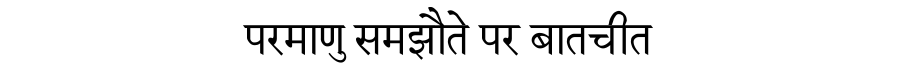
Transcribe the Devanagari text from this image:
परमाणु समझौते पर बातचीत